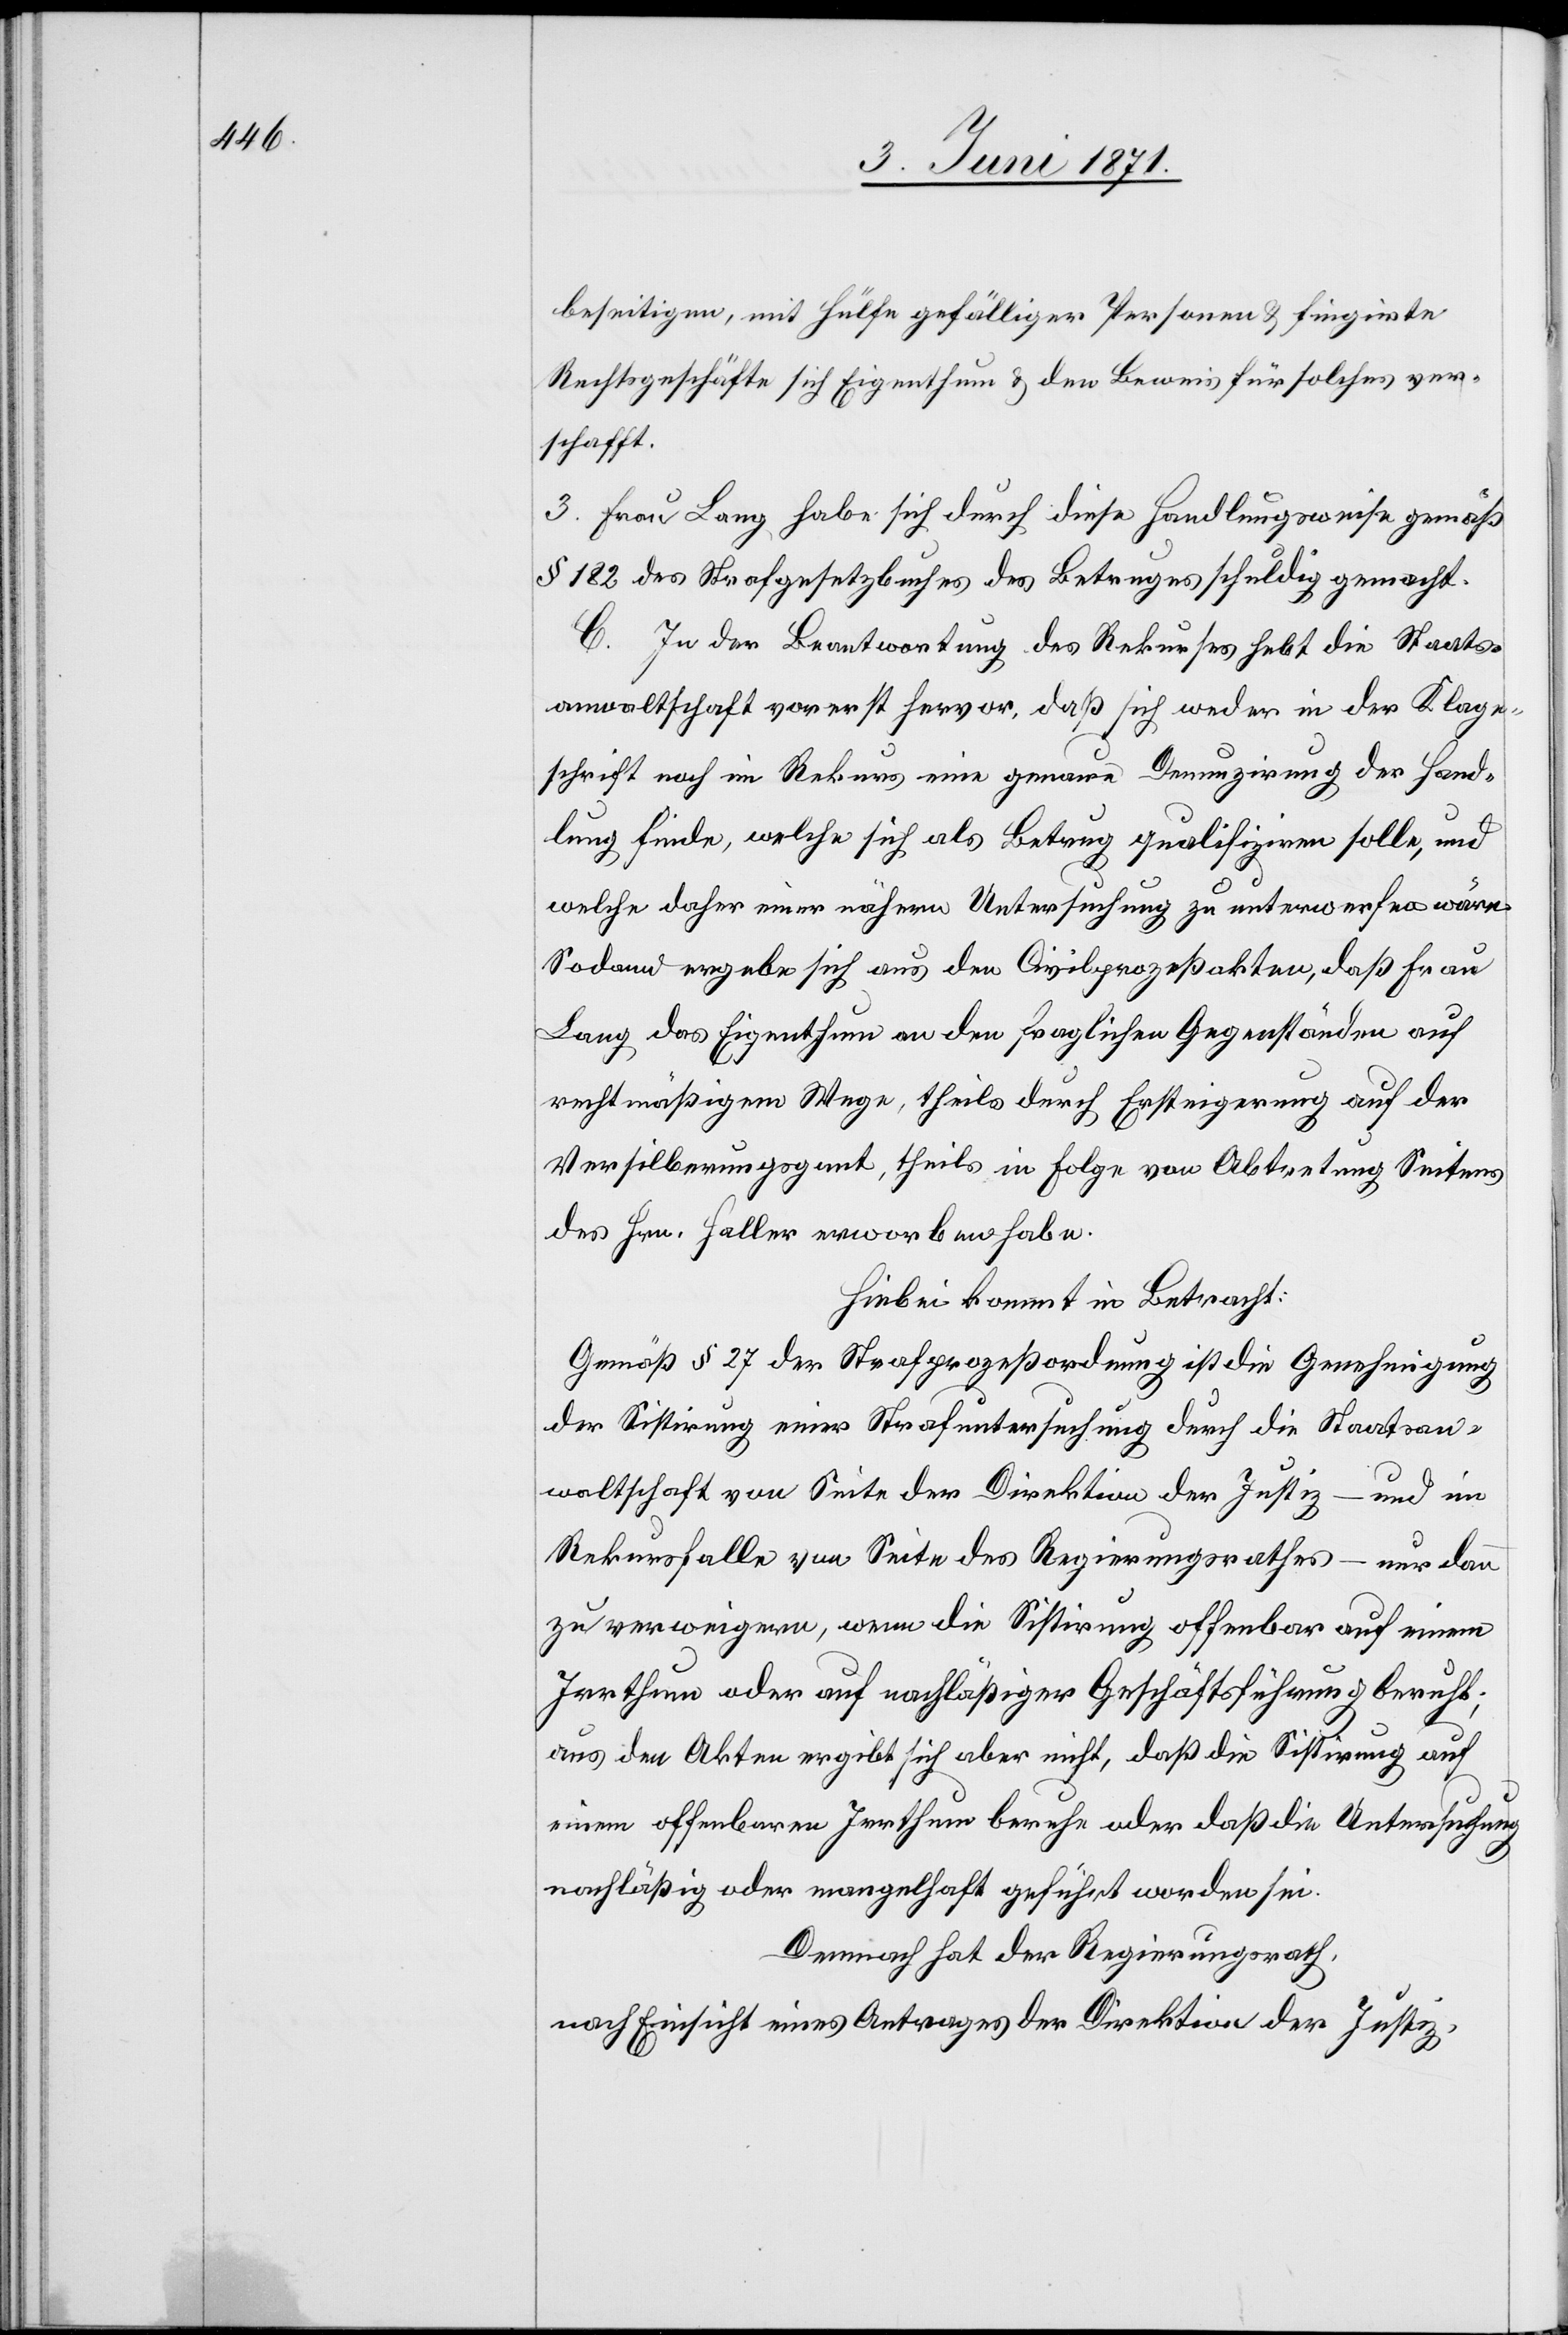
beseitigen, mit Hülfe gefälliger Personen u. fingirte
Rechtsgeschäfte sich Eigenthum u. den Beweis für solches ver¬
schafft.
3. Frau Lang habe sich durch diese Handlungsweise gemäß
§ 182 des Strafgesetzbuches des Betruges schuldig gemacht.
C. In der Beantwortung des Rekurses hebt die Staats¬
anwaltschaft vorerst hervor, daß sich weder in der Klage¬
schrift noch im Rekurs eine genaue Denunzirung der Hand¬
lung finde, welche sich als Betrug qualifiziren solle, und
welche daher einer nähern Untersuchung zu unterwerfen wäre.
Sodann ergebe sich aus den Civilprozeßakten, daß Frau
Lang das Eigenthum an den fraglichen Gegenständen auf
rechtmäßigem Wege, theils durch Ersteigerung auf der
Versilberungsgant, theils in Folge von Abtretung Seitens
des Hrn. Haller erworben habe.
Hiebei kommt in Betracht:
Gemäß § 27 der Strafprozeßordnung ist die Genehmigung
der Sistirung einer Strafuntersuchung durch die Staatsan¬
waltschaft von Seite der drei – und im Rekursfalle
zu verweigern, wenn die Sistirung offenbar auf einem
Irrthum oder auf nachläßiger Geschäftsführung beruht;
aus den Akten ergibt sich aber nicht, daß die Sistirung auf
einem offenbaren Irrthum beruhe oder daß die Untersuchung
nachläßig oder mangelhaft geführt worden sei.
Demnach hat der Regierungsrath,
nach Einsicht eines Antrages der Direktion der Justiz,